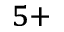
^ { 5 + }